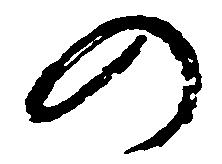
の